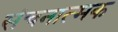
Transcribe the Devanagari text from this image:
संचनात्‍मक